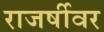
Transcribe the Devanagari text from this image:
राजर्षीवर